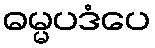
ဓမ္မပဒံပေ